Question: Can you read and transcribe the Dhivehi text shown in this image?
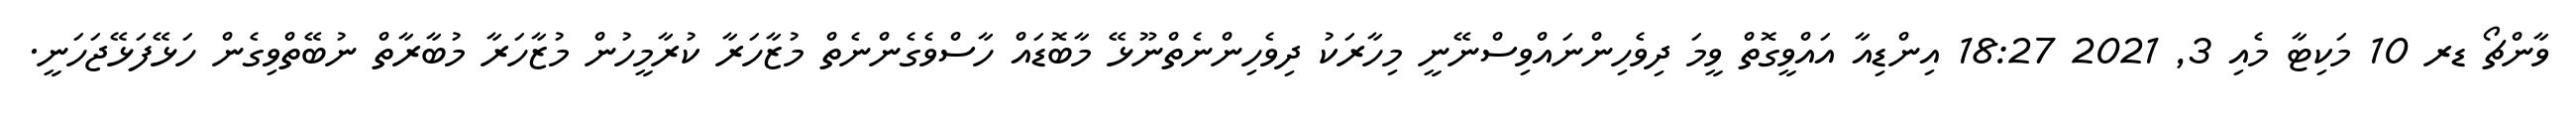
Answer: ވާންޗޯ ޑރ 10 މަކިޓާ މެއި 3, 2021 18:27 އިންޑިއާ އައްވީގޮތް ވީމަ ދިވެހިންނައްވިސްނޭނީ މިހާރަކު ދިވެހިންނެތްނޫޅޭ މާބޮޑައް ހާސްވެގެންނެތް މުޒާހަރާ ކުރާމީހުން މުޒާހަރާ މުބާރާތް ނުބޭތްވިގެން ހަޅޭފަޅޭޖަހަނީ.